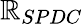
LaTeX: \mathbb{R}_{SPDC}